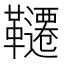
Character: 韆